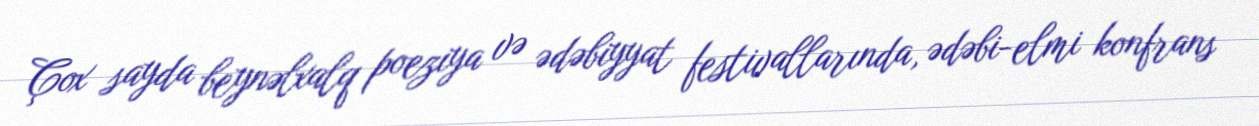
Çox sayda beynəlxalq poeziya və ədəbiyyat festivallarında, ədəbi-elmi konfrans